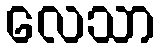
လေသာ